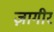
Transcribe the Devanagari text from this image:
ज़ागीर